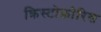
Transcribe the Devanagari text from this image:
क्रिस्टोफ़ोरिस